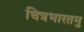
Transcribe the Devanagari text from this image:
चित्रभारतमु